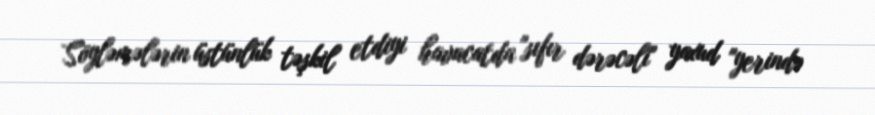
Söyləmələrin üstünlük təşkil etdiyi havacatda "sıfır dərəcəli" yaxud "yerində